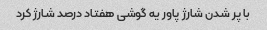
با پر شدن شارژ پاور یه گوشی هفتاد درصد شارژ کرد